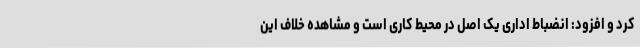
کرد و افزود: انضباط اداری یک اصل در محیط کاری است و مشاهده خلاف این